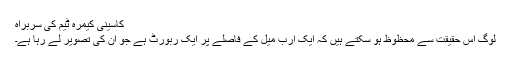
کاسینی کیمرہ ٹیم کی سربراہ
لوگ اس حقیقت سے محظوظ ہو سکتے ہیں کہ ایک ارب میل کے فاصلے پر ایک ربورٹ ہے جو اُن کی تصویر لے رہا ہے۔